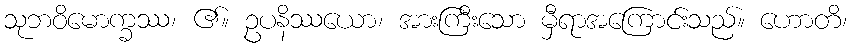
သုဘဝိမောက္ခဿ၊ ၏။ ဥပနိဿယော၊ အားကြီးသော မှီရာအကြောင်းသည်။ ဟောတိ၊